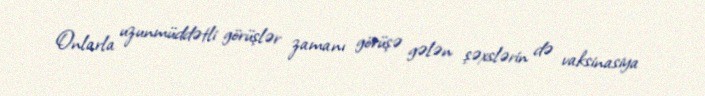
Onlarla uzunmüddətli görüşlər zamanı görüşə gələn şəxslərin də vaksinasiya